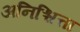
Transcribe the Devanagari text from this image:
अनिश्चित्ता